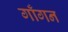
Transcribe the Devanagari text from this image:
गाँगन